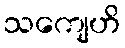
သကျေဟိ